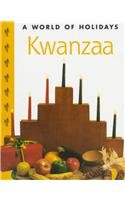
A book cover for Kwanzaa (World of Holidays); Darwin McBeth Walton; Children's Books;